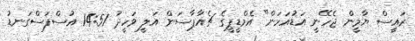
ރައީސް ޔާމީން ޖެހޭނީ އަޑުއަހަން" އެމްޑީޕީގެ ޗެއާޕާސަން އަލީ ވަހީދު 14:51 އުސްފަސްގަނޑު